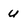
Character: u